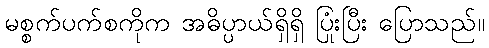
မစ္စက်ပက်စကိုက အဓိပ္ပာယ်ရှိရှိ ပြုံးပြီး ပြောသည်။